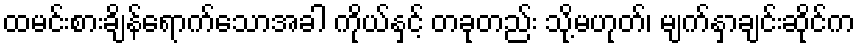
ထမင်းစားချိန်ရောက်သောအခါ ကိုယ်နှင့် တခုတည်း သို့မဟုတ်၊ မျက်နှာချင်းဆိုင်က